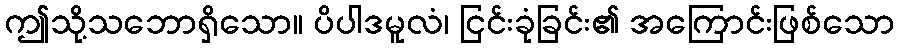
ဤသို့သဘောရှိသော။ ပိပါဒမူလံ၊ ငြင်းခုံခြင်း၏ အကြောင်းဖြစ်သော